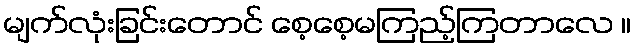
မျက်လုံးခြင်းတောင် စေ့စေ့မကြည့်ကြတာလေ ။